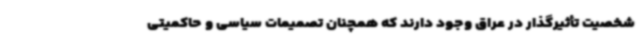
شخصیت تأثیرگذار در عراق وجود دارند که همچنان تصمیمات سیاسی و حاکمیتی